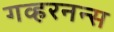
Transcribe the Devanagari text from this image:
गव्हरनन्स